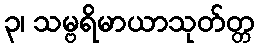
၃၊ သမ္ဗရိမာယာသုတ်တ္တ